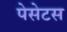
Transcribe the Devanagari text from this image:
पेसेटस